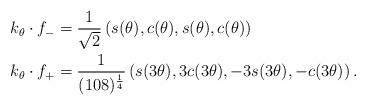
LaTeX: \begin{align*} k_\theta \cdot f_- &= \frac{1}{\sqrt{2}}\left(s(\theta), c(\theta), s(\theta), c(\theta) \right)\\ k_\theta \cdot f_+ &= \frac{1}{(108)^{\frac{1}{4}}}\left(s(3\theta), 3c(3\theta), -3 s(3\theta), -c(3\theta)\right). \end{align*}